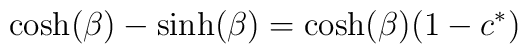
\cosh (\beta) -\sinh (\beta)  = \cosh (\beta) ( 1 - c^*)